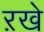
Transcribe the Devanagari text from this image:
ऱखे